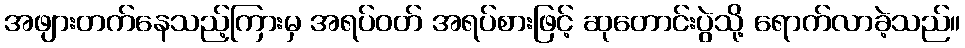
အဖျားတက်နေသည့်ကြားမှ အရပ်ဝတ် အရပ်စားဖြင့် ဆုတောင်းပွဲသို့ ရောက်လာခဲ့သည်။